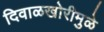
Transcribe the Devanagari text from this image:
दिवाळखोरीमुळे